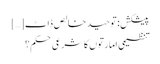
پیشکش: توحیدِ خالص ڈاٹ […]
تنظیمی امارتوں کا شرعی حکم؟